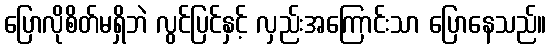
ပြောလိုစိတ်မရှိဘဲ လွင်ပြင်နှင့် လှည်းအကြောင်းသာ ပြောနေသည်။